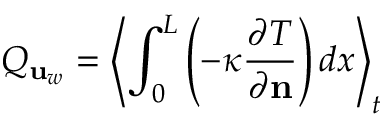
Q _ { \mathbf { u } _ { w } } = \left\langle \int _ { 0 } ^ { L } \left( - \kappa \frac { \partial T } { \partial \mathbf { n } } \right) d x \right\rangle _ { t }